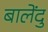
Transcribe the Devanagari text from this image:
बालेंदु